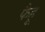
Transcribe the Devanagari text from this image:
फैहू